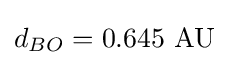
d_{BO}=0.645{\text{ AU}}